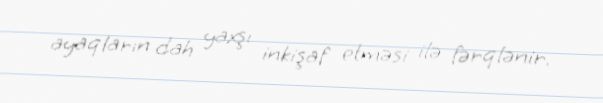
ayaqların dah yaxşı inkişaf etməsi ilə fərqlənir.